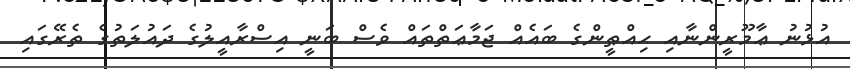
އުޅުނު ޢާމޫރީންނާއި ޙިއްޠީންގެ ބައެއް ޖަމާޢަތްތައް ވެސް ބަނީ އިސްރާއީލުގެ ދައުލަތުގެ ތެރޭގައި